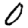
Digit: 0